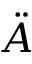
\ddot { A }